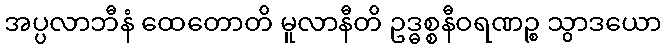
အပ္ပလာဘီနံ ထေတောတိ မူလာနီတိ ဥဒ္ဓစ္စနီဝရဏဉ္စ သွာဒယော